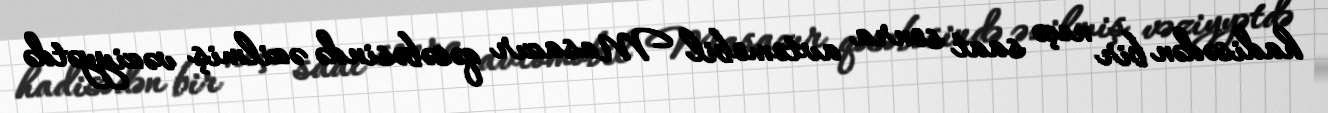
hadisədən bir neçə saat sonra avtomobil Masazır qəsəbəsində əzilmiş vəziyyətdə